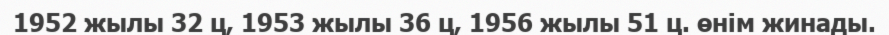
1952 жылы 32 ц, 1953 жылы 36 ц, 1956 жылы 51 ц. өнім жинады.